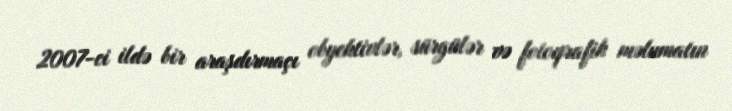
2007-ci ildə bir araşdırmaçı obyektivlər, sürgülər və fotoqrafik məlumatın